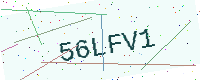
Text: 56LFV1